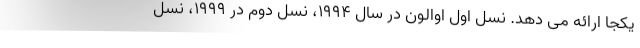
یکجا ارائه می دهد. نسل اول اوالون در سال 1994، نسل دوم در 1999، نسل